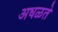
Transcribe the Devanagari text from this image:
अधळते